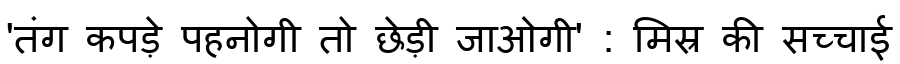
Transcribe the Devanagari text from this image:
'तंग कपड़े पहनोगी तो छेड़ी जाओगी' : मिस्र की सच्चाई